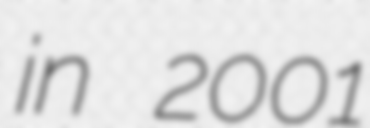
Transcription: in 2001